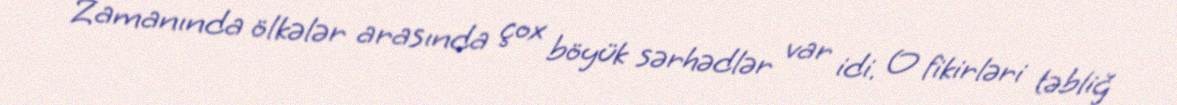
Zamanında ölkələr arasında çox böyük sərhədlər var idi. O fikirləri təbliğ